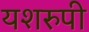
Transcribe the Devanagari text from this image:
यशरुपी